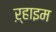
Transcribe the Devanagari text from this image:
ऱ्हाइम